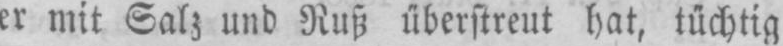
er mit Salz und Ruß überstreut hat, tüchtig